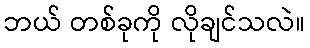
ဘယ် တစ်ခုကို လိုချင်သလဲ။